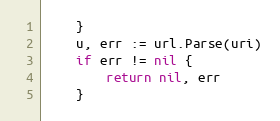
Language: Go
	}
	u, err := url.Parse(uri)
	if err != nil {
		return nil, err
	}